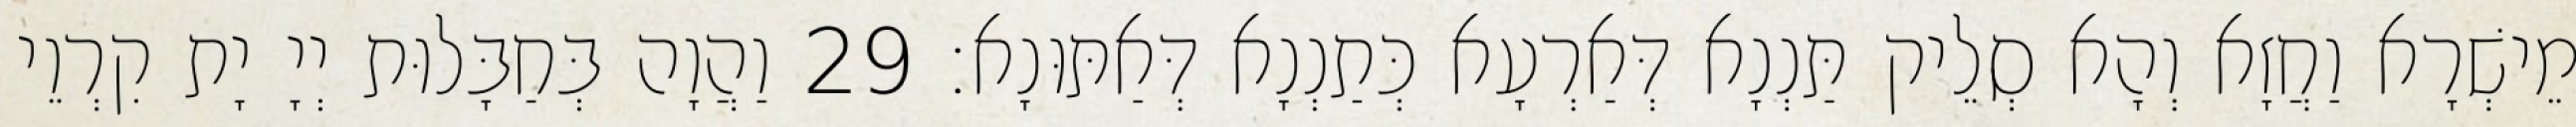
מֵישְׁרָא וַחֲזָא וְהָא סְלֵיק תַּנְנָא דְּאַרְעָא כְּתַנְנָא דְּאַתּוּנָא׃ 29 וַהֲוָה בְּחַבָּלוּת יְיָ יָת קִרְוֵי